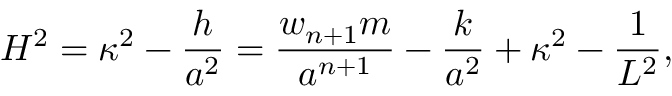
H ^ { 2 } = \kappa ^ { 2 } - { \frac { h } { a ^ { 2 } } } = { \frac { w _ { n + 1 } m } { a ^ { n + 1 } } } - { \frac { k } { a ^ { 2 } } } + \kappa ^ { 2 } - { \frac { 1 } { L ^ { 2 } } } ,